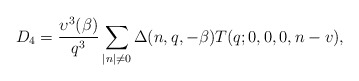
\begin{align*}D_4=\frac{\upsilon^3(\beta)}{q^3}\sum_{|n|\not=0}\Delta(n,q,-\beta)T(q;0,0,0,n-v),\end{align*}